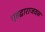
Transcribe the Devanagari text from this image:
गृहद्वाराजवळ